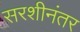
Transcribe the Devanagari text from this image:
सरशीनंतर